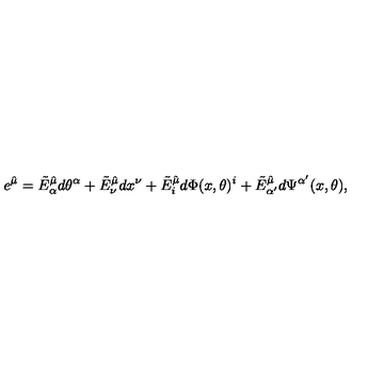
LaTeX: e ^ { \hat { \mu } } = \tilde { E } _ { \alpha } ^ { \hat { \mu } } d \theta ^ { \alpha } + \tilde { E } _ { \nu } ^ { \hat { \mu } } d x ^ { \nu } + \tilde { E } _ { i } ^ { \hat { \mu } } d \Phi ( x , \theta ) ^ { i } + \tilde { E } _ { \alpha ^ { \prime } } ^ { \hat { \mu } } d \Psi ^ { \alpha ^ { \prime } } ( x , \theta ) ,